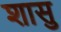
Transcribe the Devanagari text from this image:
शासु